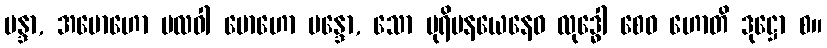
မန္ဒာ, အမောဟော ဗလဝါ မောဟော မန္ဒော, သော ပုရိမနယေနေဝ လုဒ္ဓေါ စေဝ ဟောတိ ဒုဋ္ဌော စ။